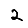
Digit: 2